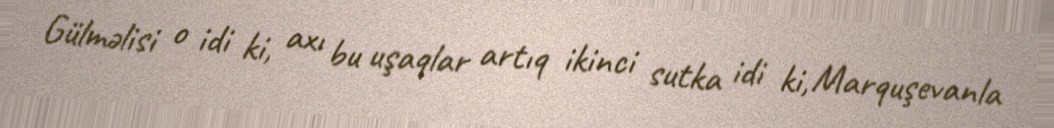
Gülməlisi o idi ki, axı bu uşaqlar artıq ikinci sutka idi ki, Marquşevanla